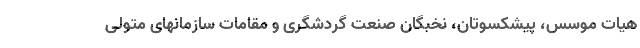
هیاٌت موسس، پیشکسوتان، نخبگان صنعت گردشگری و مقامات سازمانهای متولی